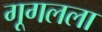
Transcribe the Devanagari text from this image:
गूगलला